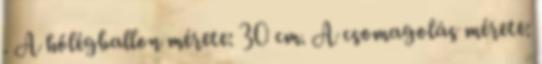
. A hőlégballon mérete: 30 cm. A csomagolás mérete: